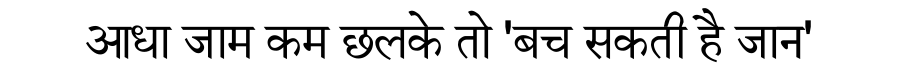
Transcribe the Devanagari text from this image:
आधा जाम कम छलके तो 'बच सकती है जान'